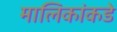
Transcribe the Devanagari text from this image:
मालिकांकडे